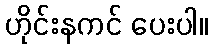
ဟိုင်းနကင် ပေးပါ။